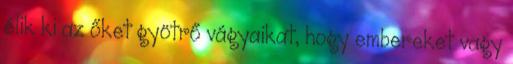
élik ki az őket gyötrő vágyaikat, hogy embereket vagy